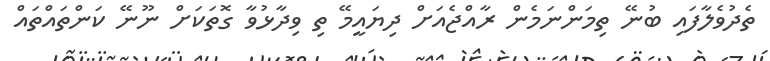
ތެދުވެލާފައި ބުނޭ ތިމަންނަމެން ރާއްޖެއަށް ދިޔައީމޭ ތި ވިދާޅުވާ ގޮތަކަށް ނޫނޭ ކަންތައްތައް